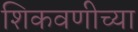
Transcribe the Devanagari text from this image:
शिकवणीच्या